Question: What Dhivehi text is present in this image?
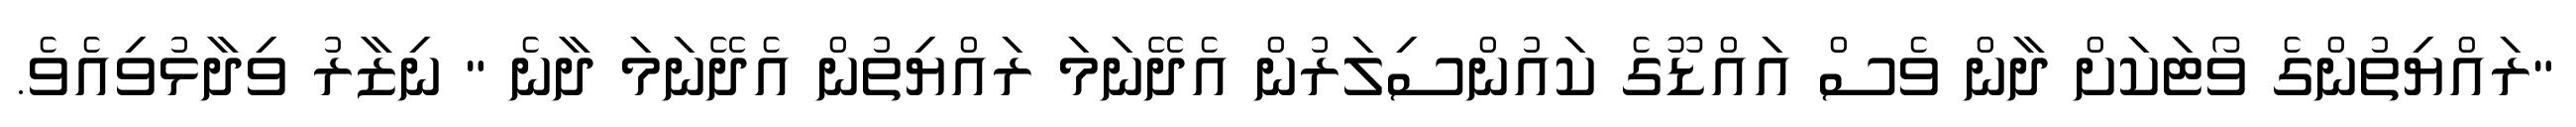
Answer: "ރައްޔިތުންގެ ވޯޓަކަށް ދާން ވެސް އައްޑޫގެ ކައުންސިލަރުން އެދޭނަމަ ރައްޔިތުން އެދޭނަމަ ދާނެ " ނިޒާރު ވިދާޅުވިއެވެ.